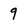
Character: 9